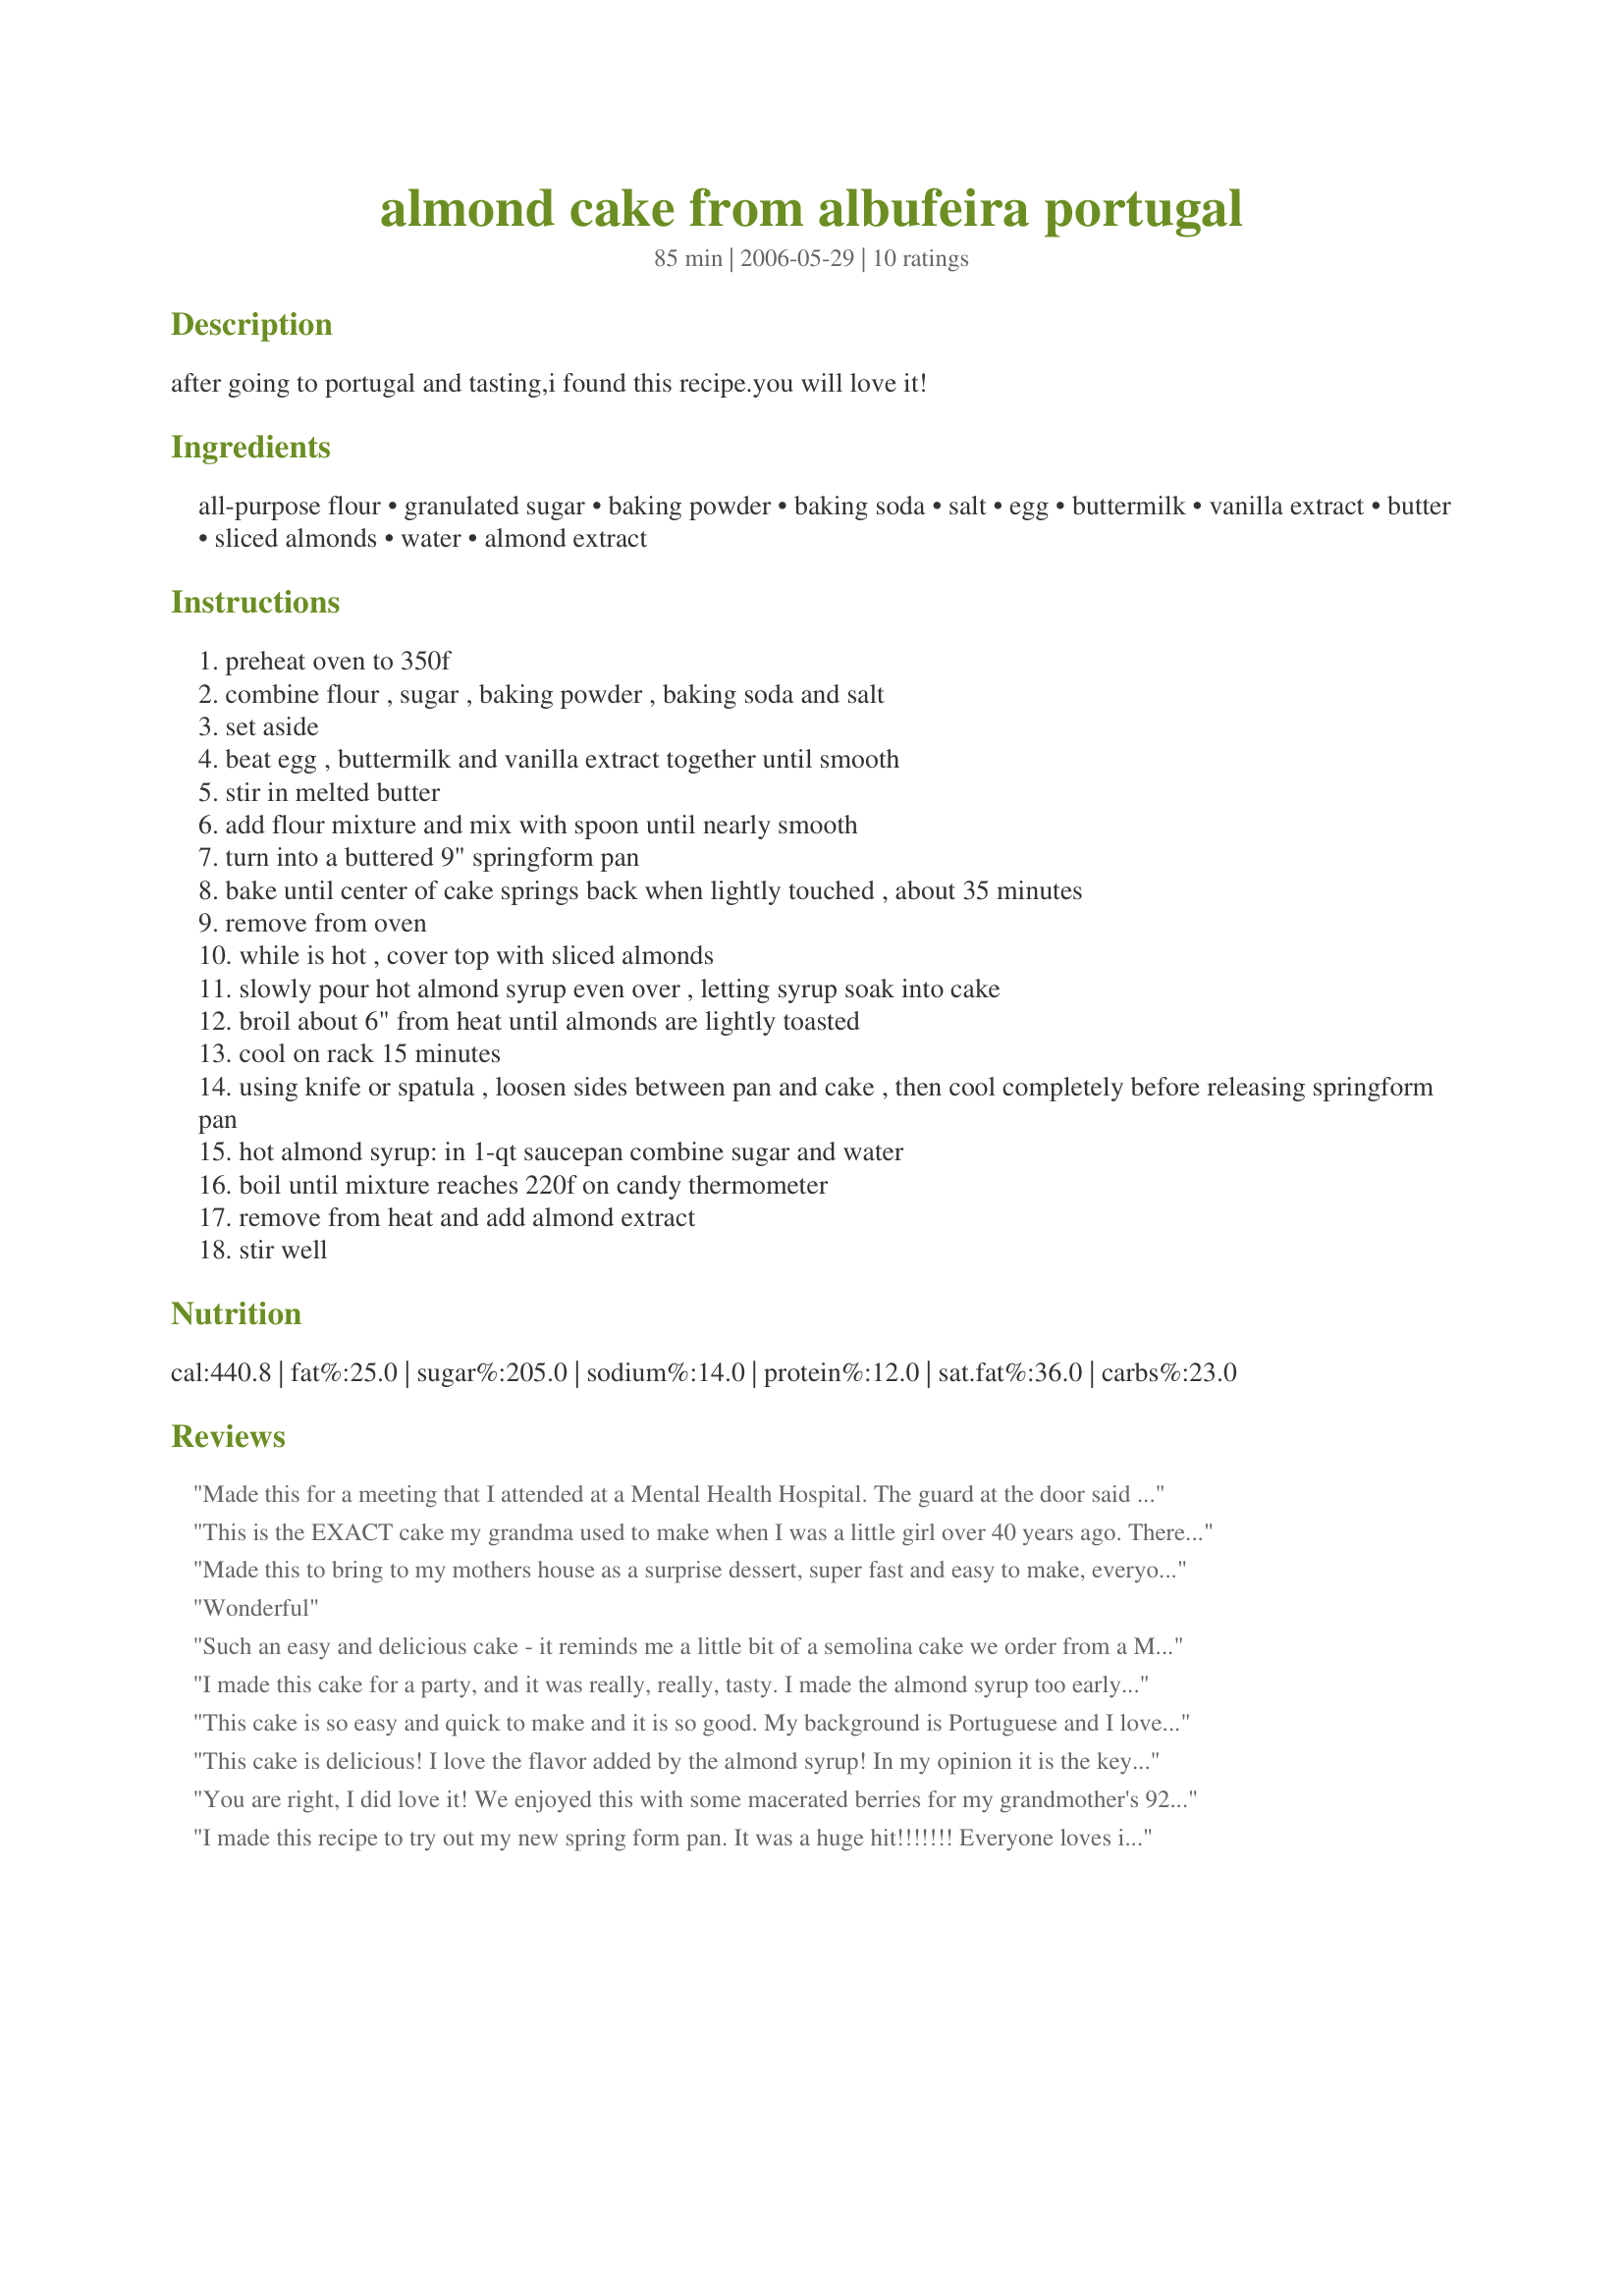
almond cake from albufeira portugal
Preparation time: 85 minutes

after going to portugal and tasting,i found this recipe.you will love it!

Ingredients:
all-purpose flour, granulated sugar, baking powder, baking soda, salt, egg, buttermilk, vanilla extract, butter, sliced almonds, water, almond extract

Steps:
preheat oven to 350f
combine flour , sugar , baking powder , baking soda and salt
set aside
beat egg , buttermilk and vanilla extract together until smooth
stir in melted butter
add flour mixture and mix with spoon until nearly smooth
turn into a buttered 9" springform pan
bake until center of cake springs back when lightly touched , about 35 minutes
remove from oven
while is hot , cover top with sliced almonds
slowly pour hot almond syrup even over , letting syrup soak into cake
broil about 6" from heat until almonds are lightly toasted
cool on rack 15 minutes
using knife or spatula , loosen sides between pan and cake , then cool completely before releasing springform pan
hot almond syrup: in 1-qt saucepan combine sugar and water
boil until mixture reaches 220f on candy thermometer
remove from heat and add almond extract
stir well

Reviews:
Made this for a meeting that I attended at a Mental Health Hospital. The guard at the door said that they don't usually let food in (I might have baked a knife or some drugs into it) but if I would give her a sample she'd let me take it in. She liked it so much she almost confiscated my cake!! Sage - this is a great cake and very flavorful!! The folks at the meeting loved it and I know I'll make it again - wonderful flavor and texture!! Thanks for a winner!!
This is the EXACT cake my grandma used to make when I was a little girl over 40 years ago. There is nothing better on a cool winter evening with a dollop of fresh whipped cream and a cup of steaming coffee or tea!
Made this to bring to my mothers house as a surprise dessert, super fast and easy to make, everyone loved it! I make it once a week now!
Wonderful
Such an easy and delicious cake - it reminds me a little bit of a semolina cake we order from a Middle Eastern restaurant - the cake is nice and syrupy with the crunch of almonds on top. I will caution you that the almonds toast very quickly - no more than 3 mins under the broiler. Also, I doubled the almond extract - you may want to do a little less than double.
I made this cake for a party, and it was really, really, tasty. I made the almond syrup too early so it ended up hardening on top of the cake in a candy-like form, but it still tasted great either way! I will definitely make this again.
This cake is so easy and quick to make and it is so good. My background is Portuguese and I love making traditional recipes, my mom loved it and it is definitely a keeper. It is not too sweet and the syrup makes it moist. I accidentally added extra almond extract to the syrup but it didn't ruin the cake at all it just added to it. I wrapped the springform pan in aluminum to prevent the syrup from leaking thru and it helped. Great cake will definitely make it again!
This cake is delicious! I love the flavor added by the almond syrup! In my opinion it is the key to the cake! I only had a 10 inch springform pan, so mine turned out a little thinner that it should have. Maybe that helped get the almond flavor into every bite!
Thanks for posting such a wonderful dessert! Made for ZWT3.
You are right, I did love it! We enjoyed this with some macerated berries for my grandmother's 92 birthday. I added extra almond extract into the batter because we love it so much. My springform pan let some of the syrup drip onto the floor of my oven, so next time I'll be sure to place some foil under before adding the syrup. An easy recipe that will be made again, and again!
I made this recipe to try out my new spring form pan. It was a huge hit!!!!!!! Everyone loves it! I have given out the recipe to over ten people. This recipe is definatley a keeper. Thank you so much!
